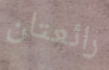
رائعتان